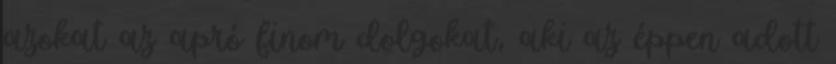
azokat az apró finom dolgokat, aki az éppen adott